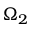
\Omega _ { 2 }